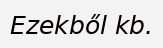
Ezekből kb.